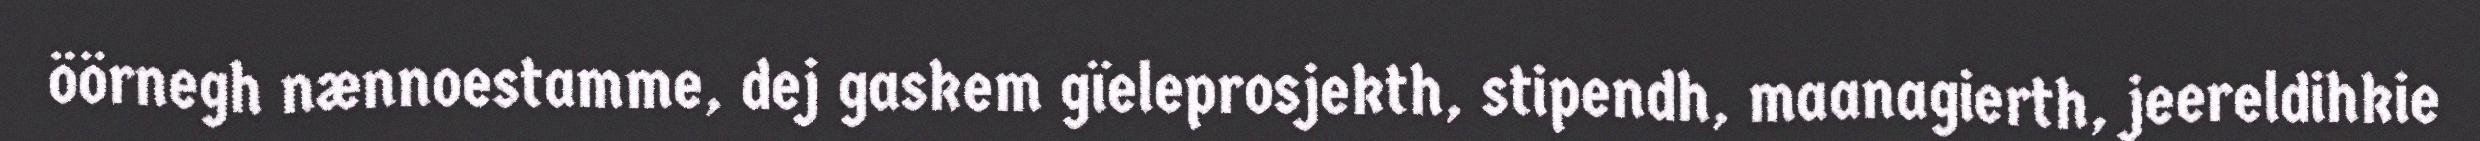
öörnegh nænnoestamme, dej gaskem gïeleprosjekth, stipendh, maanagierth, jeereldihkie